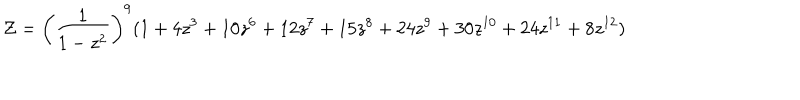
{ \cal Z } = \left( \frac { 1 } { 1 - z ^ { 2 } } \right) ^ { 9 } ( 1 + 4 z ^ { 3 } + 1 0 z ^ { 6 } + 1 2 z ^ { 7 } + 1 5 z ^ { 8 } + 2 4 z ^ { 9 } + 3 0 z ^ { 1 0 } + 2 4 z ^ { 1 1 } + 8 z ^ { 1 2 } )